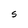
Character: S